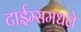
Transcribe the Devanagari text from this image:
टाईम्समधले